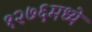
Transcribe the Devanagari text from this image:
१२७६मध्ये